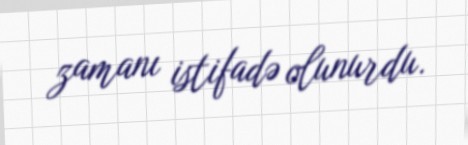
zamanı istifadə olunurdu.